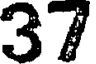
37